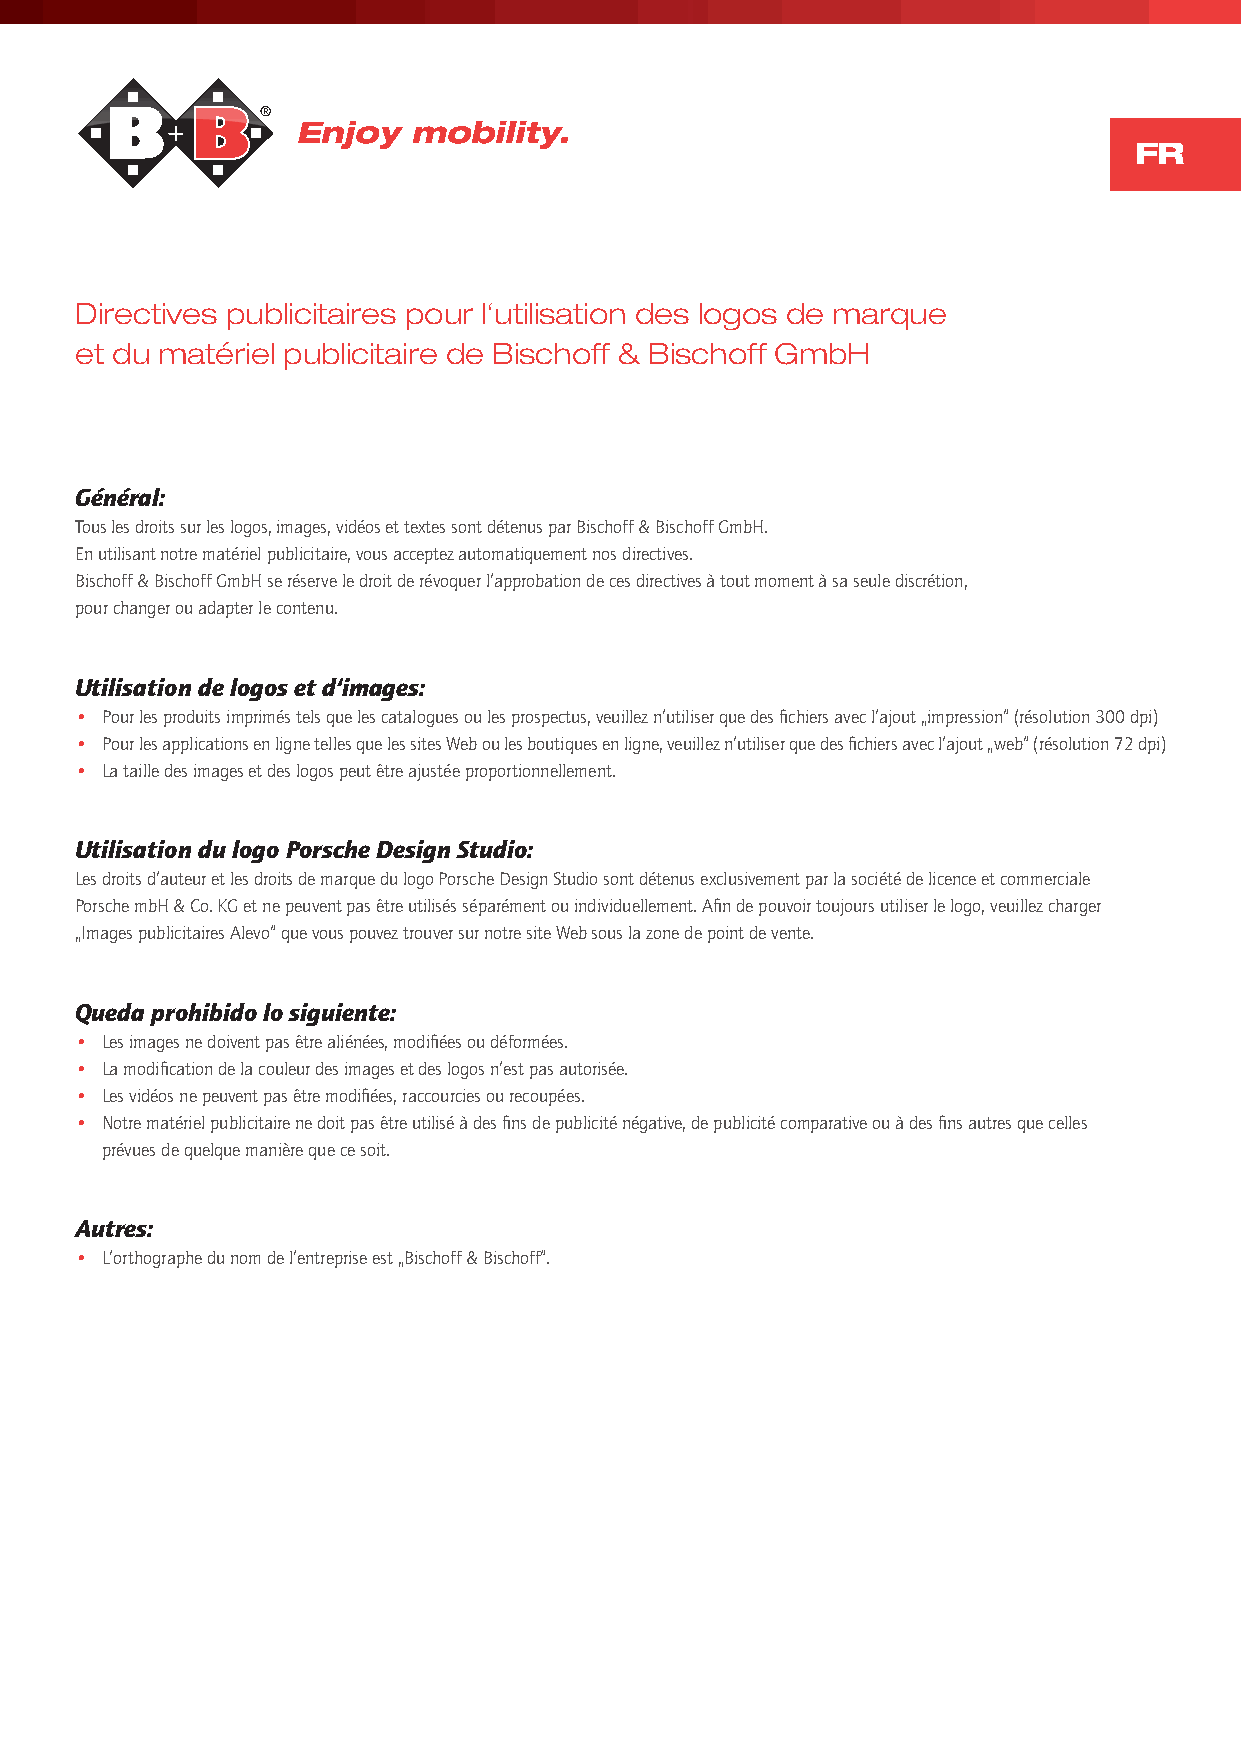
Enjoy  mobility.
 FR
 Directives publicitaires pour l‘utilisation des logos de marque
 et du matériel publicitaire de Bischoff & Bischoff GmbH
 Général:
 Tous les droits sur les logos, images, vidéos et textes sont détenus par Bischoff & Bischoff GmbH.
 En utilisant notre matériel publicitaire, vous acceptez automatiquement nos directives.
 Bischoff & Bischoff GmbH se réserve le droit de révoquer l‘approbation de ces directives à tout moment à sa seule discrétion,
 pour changer ou adapter le contenu.
 Utilisation de logos et d‘images:
 • Pour les produits imprimés tels que les catalogues ou les prospectus, veuillez n‘utiliser que des fichiers avec l‘ajout „impression“ (résolution 300 dpi)
 • Pour les applications en ligne telles que les sites Web ou les boutiques en ligne, veuillez n‘utiliser que des fichiers avec l‘ajout „web“ (résolution 72 dpi)
 • La taille des images et des logos peut être ajustée proportionnellement.
 Utilisation du logo Porsche Design Studio:
 Les droits d‘auteur et les droits de marque du logo Porsche Design Studio sont détenus exclusivement par la société de licence et commerciale
 Porsche mbH & Co. KG et ne peuvent pas être utilisés séparément ou individuellement. Afin de pouvoir toujours utiliser le logo, veuillez charger
 „Images publicitaires Alevo“ que vous pouvez trouver sur notre site Web sous la zone de point de vente.
 Queda prohibido lo siguiente:
 • Les images ne doivent pas être aliénées, modifiées ou déformées.
 • La modification de la couleur des images et des logos n‘est pas autorisée.
 • Les vidéos ne peuvent pas être modifiées, raccourcies ou recoupées.
 • Notre matériel publicitaire ne doit pas être utilisé à des fins de publicité négative, de publicité comparative ou à des fins autres que celles
 prévues de quelque manière que ce soit.
 Autres:
 • L‘orthographe du nom de l‘entreprise est „Bischoff & Bischoff“.